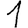
Digit: 1